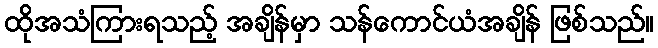
ထိုအသံကြားရသည့် အချိန်မှာ သန်ကောင်ယံအချိန် ဖြစ်သည်။